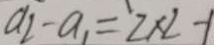
a _ { 2 } - a _ { 1 } = ^ { \prime } 2 \times 2 - 1